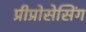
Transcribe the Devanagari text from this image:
प्रीप्रोसेसिंग